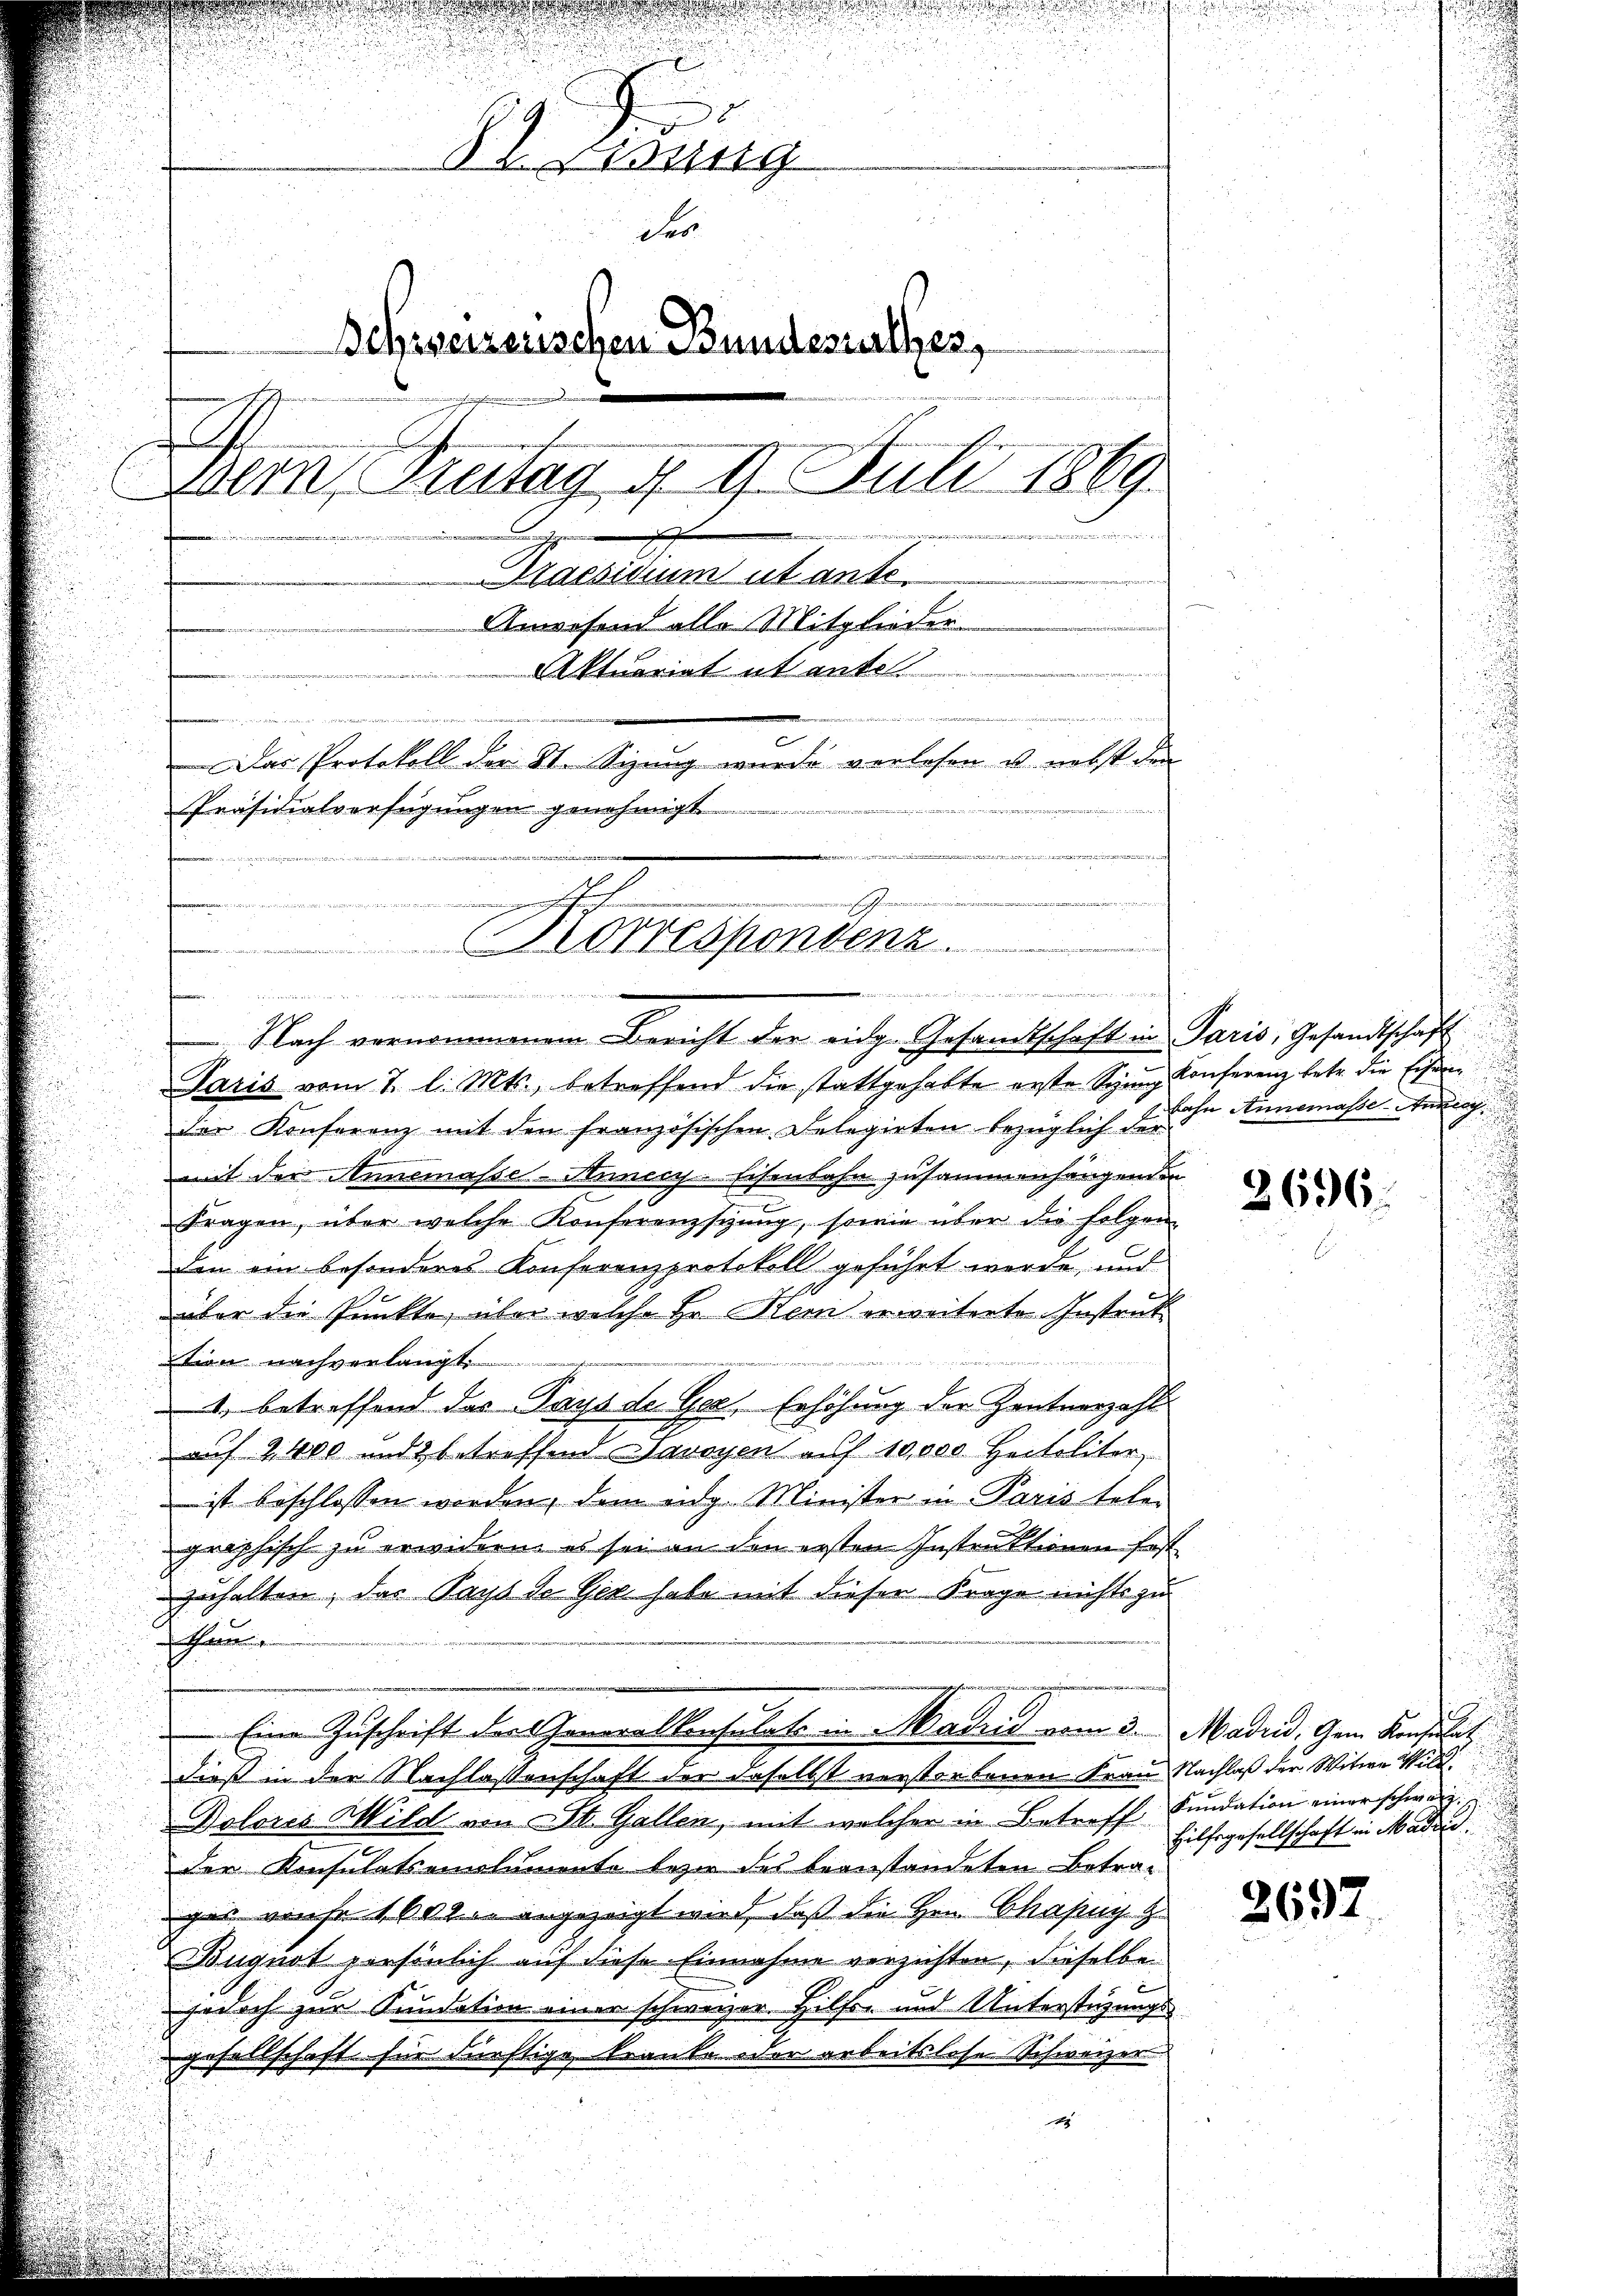
0
 ung
des
Behrseizerischen Bundesurthes,
Dem Fatag, § 9. Juli 1869
............................
Praesidium ut ante.
Anwesend alle Mitglieder
Aktuariat it ente.
n
Das Protokoll der St. Sizung wurde verlesen u. nebst den
Präsidialverfügungen genehmigt

Korrespondenz.

a war die
d
 Nach vernommenem Bericht der eidg. Gesandtschaft in Paris, Gesandtschaft

Paris vom 7. l. Mts., betreffend die stattgehabte erste Sinng Conferenz betr. die Eisender Konferenz mit den französischen Delegirten bezüglich der
mit der Annemasse - Annecy. Eisenbahn zusammenhängenden
Fragen, über welche Konferenzstung, sowie über die folgen
den ein besonderes Konferenzprotokoll geführt werde, und
über die Punkte, über welche Hr. Kein erweiterte Instruktien nachverlangt.
4. betreffend das Pays de Ger. Erhöhung der Zentnerzahl
 auf 2400 und 2 betreffend Savoyen auf 10,000 Heitaliter,
 ist beschlossen worden, dem eidg. Minister in Paris tele-
graphisch zu erwidern es sei an den ersten Instruktionen fest
zuhalten, das Pays de Ger habe mit dieser Frage nichts zu
Gauen
Eine Zuschrift der Generalkonsulate in Aadiis vom 3. Madrid, Gem. Konsulat
dieß in der Nachlassenschaft der daselbst verstorbenen Frau Nachlaß der Witwe Wild
Bolores Wild von St. Gallen, mit welcher in Betreff Fundation einer schweiz.
der Konsulatseinstumente lez des beanstandeten Betra-
ges wiese 10ten angezeigt wird, daß die Hrn. Chapuy z.
öngnot persönlich auf diese Einnahme verzichten, dieselbe
jedoch zur Kundation einer schweizer. Hilfe und Unterstüzungs
gesellschaft für dürftige kranke oder arbeitslose Schweizer
g

bahn Annemasse Anzeig

2696.

Hilfsgesellschaft in Mader

2697.